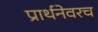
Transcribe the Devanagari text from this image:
प्रार्थनेवरच